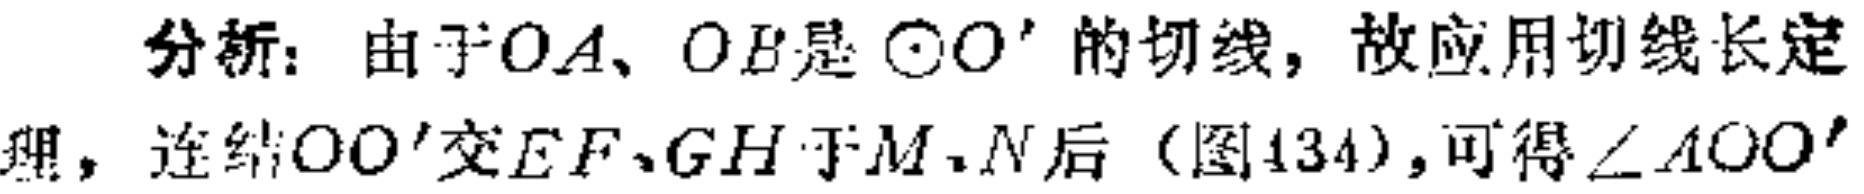
分析：由于$OA、OB$是$\odot O^{\prime}$的切线，故应用切线长定
理，连结$OO^{\prime}$交$EF、GH$于$M、N$后（图434），可得$\angle AOO^{\prime}$